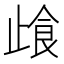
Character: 𰙰